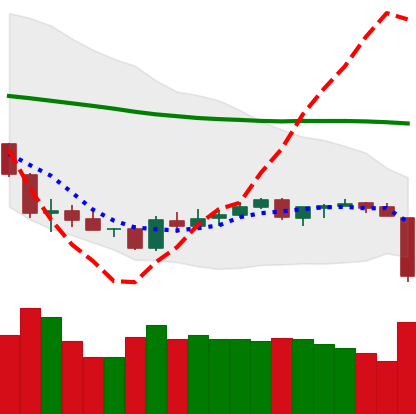
Ticker: BTC-USD
Chart end date: 2018-06-10
Forward return: -4.855%
Label: down_3_5